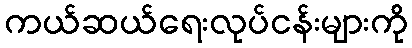
ကယ်ဆယ်ရေးလုပ်ငန်းများကို